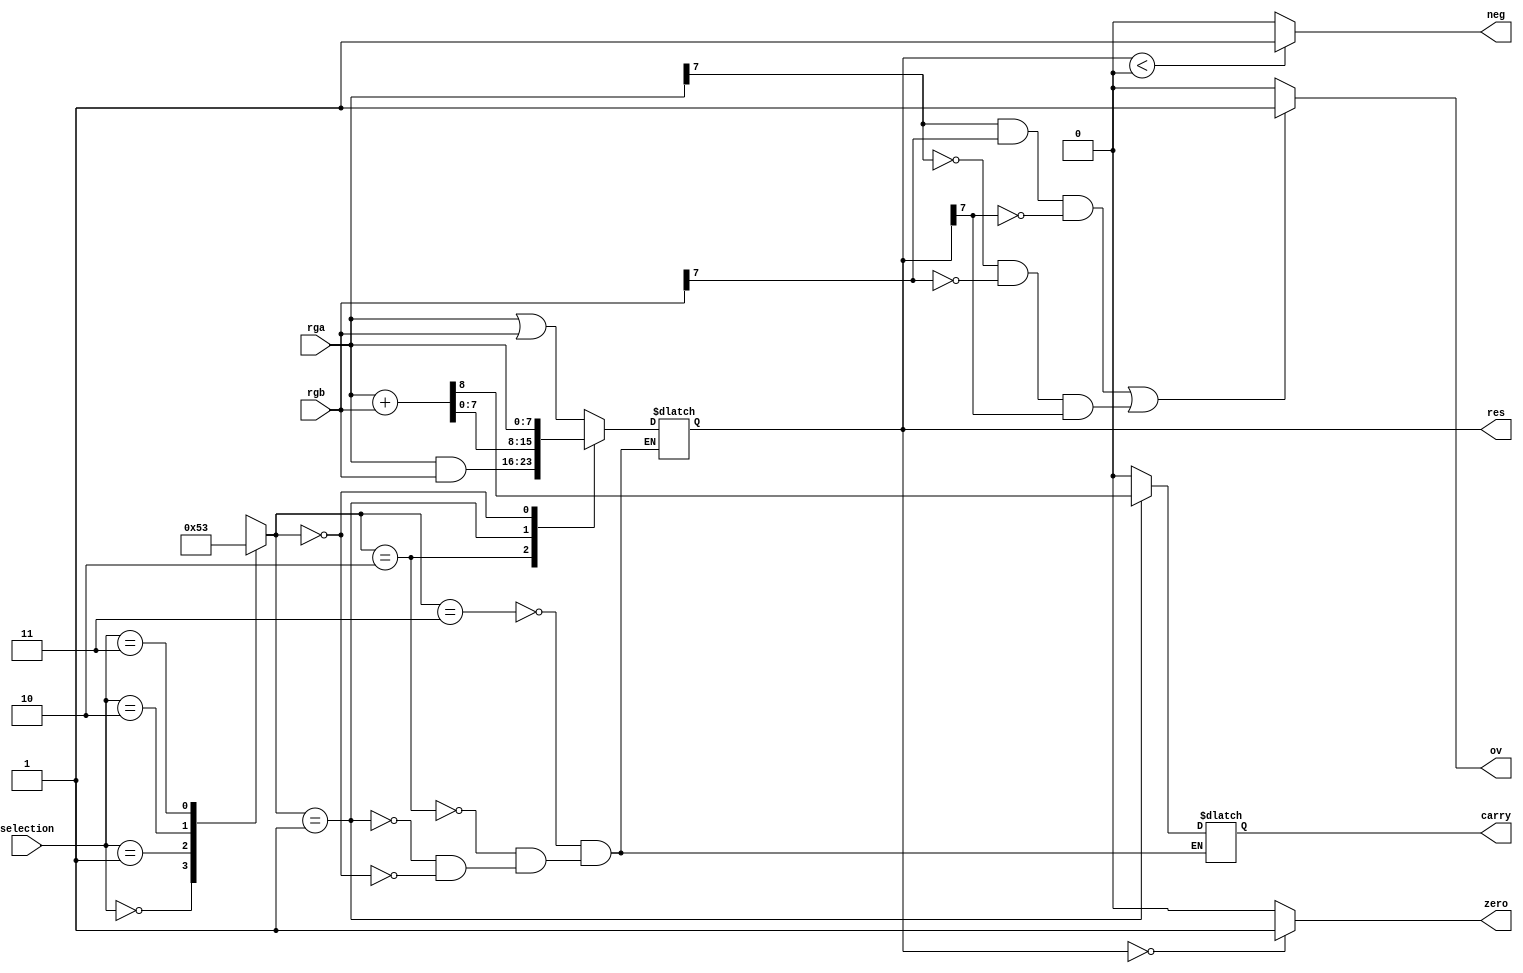
module alu #(
parameter M=8
)(
input[M-1:0] rga,rgb,
input[1:0] selection,
output reg [M-1:0] res,
output reg ov,carry,neg,zero
);
reg rCarry;
reg [2:0] sState,rState;

parameter Or=3;
parameter And=2;
parameter Add=1;
parameter Rga=0;

//Setting State
always@(*)
begin
	rState<=sState;
end

always@(*)
begin
	case(selection)
	0:sState=Rga;
	1:sState=Add;
	2:sState=And;
	3:sState=Or;
	endcase
end

//Making Operation
always@(*)
begin
case(rState)
	3:begin res=rga|rgb;rCarry=0;end
	2:begin res=rga & rgb;rCarry=0;end
	1:begin {rCarry,res}=rga+rgb;end
	0:begin res=rga;rCarry=0;end
endcase
end


// Flags
always@(*)
begin
carry = rCarry;
begin
	if((rga[M-1]==1 && rgb[M-1]==1 && res[M-1]==0 ) || (rga[M-1]==0 && rgb[M-1]==0 && res[M-1]==1 ) )
		ov<=1;
	else	
			ov<=0;
end

if(res==0)
	zero=1;
else
	zero=0;	
if(res<0)
	neg=1;
else
	neg=0;	
	
end
endmodule